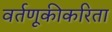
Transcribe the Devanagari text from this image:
वर्तणूकीकरिता